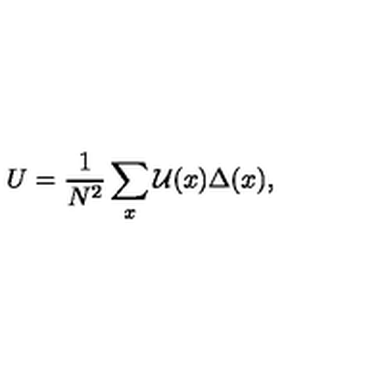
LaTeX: U = \frac { 1 } { N ^ { 2 } } \sum _ { x } \mathcal { U } ( x ) \Delta ( x ) ,